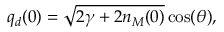
q _ { d } ( 0 ) = \sqrt { 2 \gamma + 2 n _ { M } ( 0 ) } \cos ( \theta ) ,